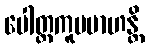
ပေါတ္ထကူပမာဟန္တိ